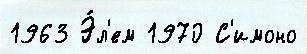
1963 Э́л'ем 1970 С'имоно